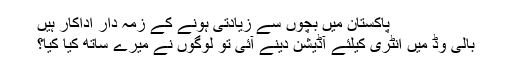
پاکستان میں بچوں سے زیادتی ہونے کے زمہ دار اداکار ہیں
بالی وڈ میں انٹری کیلئے آڈیشن دینے آئی تو لوگوں نے میرے ساتھ کیا کیا؟